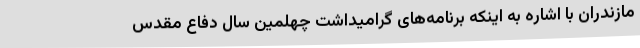
مازندران با اشاره به اینکه برنامه‌های گرامیداشت چهلمین سال دفاع مقدس